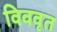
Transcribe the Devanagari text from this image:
विववृत